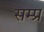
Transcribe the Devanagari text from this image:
सम्प्र